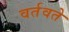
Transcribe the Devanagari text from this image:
वर्तवते